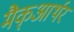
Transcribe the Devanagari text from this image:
मैक्‌आर्थर